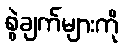
စွဲချက်များကို